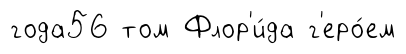
года56 том Флор'и́да г'еро́ем